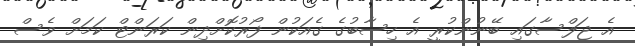
އެ ޖަލްސާގައި ބޭނުންކުރީ އެ ހިސާބުގެ ގެއަކުން ފޯރުކޮށްދިން ކަރަންޓް ކަމަށް ވެސް